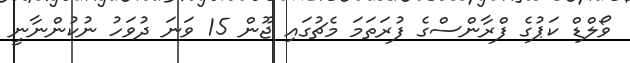
ވޯލްޑް ކަޕުގެ ފްރާންސްގެ ފުރަތަމަ މެޗުގައި ޖޫން 15 ވަނަ ދުވަހު ނުކުންނާނީ